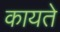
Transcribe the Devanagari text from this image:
कायते